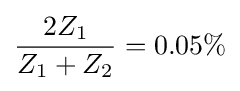
{\frac {2Z_{1}}{Z_{1}+Z_{2}}}=0.05\%